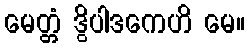
မေတ္တံ ဒွိပါဒကေဟိ မေ။